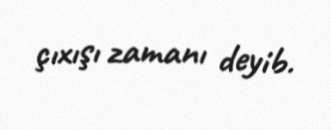
çıxışı zamanı deyib.